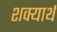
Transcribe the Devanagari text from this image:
शक्यार्थ